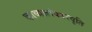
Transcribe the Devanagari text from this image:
काव्यालंकारवृति